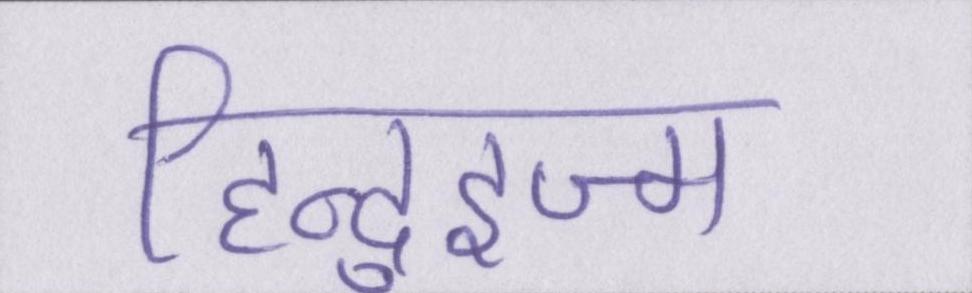
हिन्दुइज्म